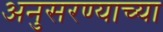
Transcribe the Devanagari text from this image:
अनुसरण्याच्या